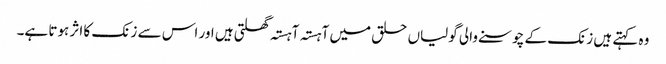
وہ کہتے ہیں زنک کے چوسنے والی گولیاں حلق میں آہستہ آہستہ گھلتی ہیں اور اس سے زنک کا اثر ہوتا ہے۔